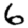
Digit: 6